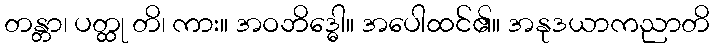
တန္တာ၊ ပတ္ထု တိ၊ ကား။ အဝဘိဒ္ဓေါ။ အပေါထင်၏။ အနုဒယာကညာတိ